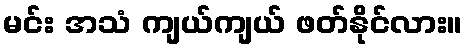
မင်း အသံ ကျယ်ကျယ် ဖတ်နိုင်လား။